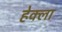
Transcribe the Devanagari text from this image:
हेक्ला